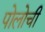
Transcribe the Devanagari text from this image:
पोलोची